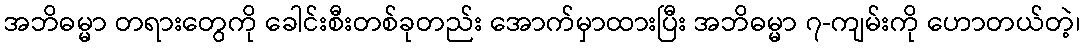
အဘိဓမ္မာ တရားတွေကို ခေါင်းစီးတစ်ခုတည်း အောက်မှာထားပြီး အဘိဓမ္မာ ၇-ကျမ်းကို ဟောတယ်တဲ့၊